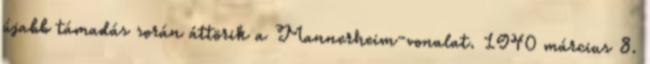
újabb támadás során áttörik a Mannerheim-vonalat. 1940 március 8.